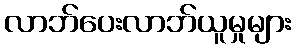
လာဘ်ပေးလာဘ်ယူမှုများ